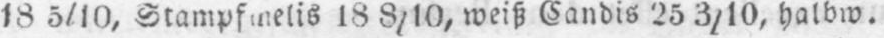
18 8/10, weiß Candis 25 3/10, halbw.